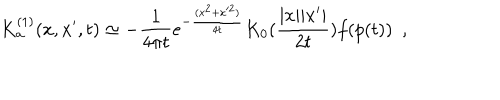
K _ { \bf a } ^ { ( 1 ) } ( x , x ^ { \prime } , t ) \simeq - { \frac { 1 } { 4 \pi t } } e ^ { - { \frac { ( x ^ { 2 } + x ^ { 2 } ) } { 4 t } } } K _ { 0 } ( { \frac { | x | | x ^ { \prime } | } { 2 t } } ) f ( p ( t ) ) ~ ~ ,